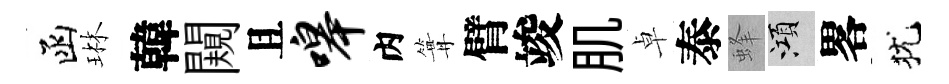
函琳韓闚且嗥内篝臂竣肌卓泰蜂澒畧犹